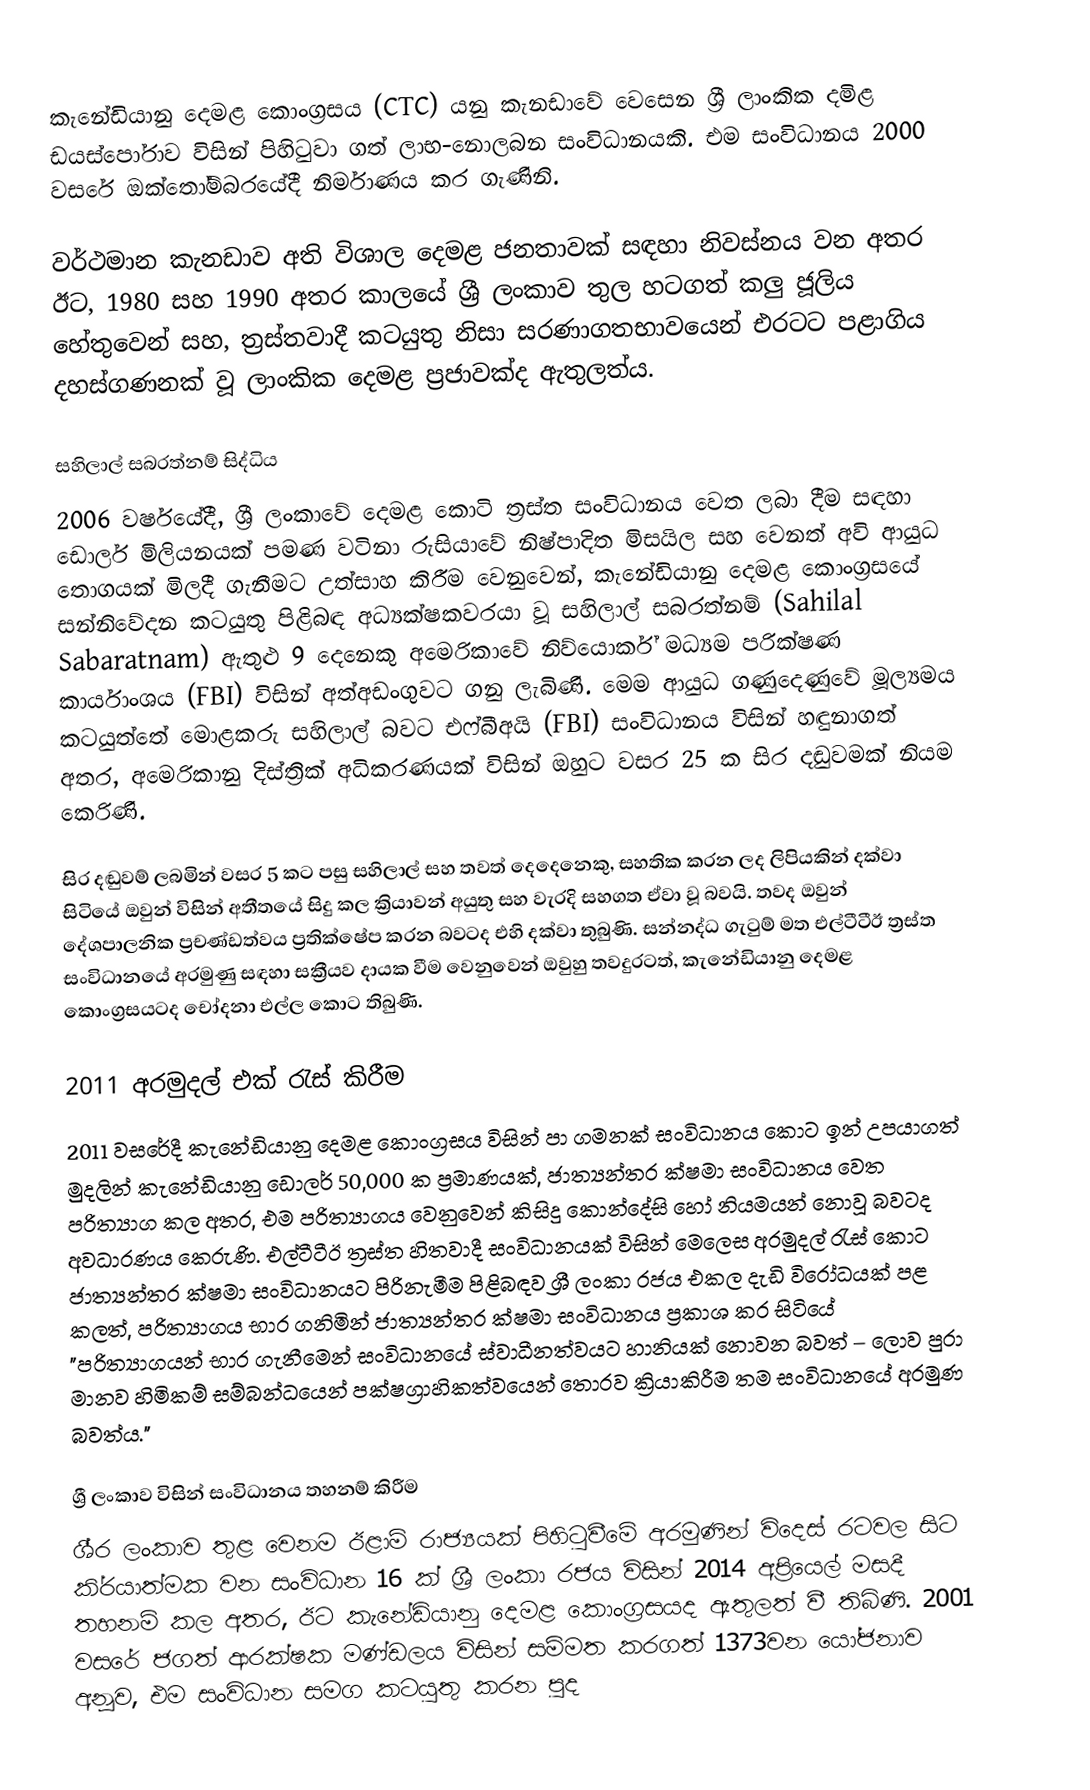
කැනේඩියානු දෙමළ කොංග්‍රසය (CTC) යනු කැනඩාවේ වෙසෙන ශ්‍රී ලාංකික දමිළ ඩයස්පෝරාව විසින් පිහිටුවා ගත් ලාභ-නොලබන සංවිධානයකි. එම සංවිධානය 2000 වසරේ ඔක්තෝම්බරයේදී නිර්මාණය කර ගැණිනි.

වර්ථමාන කැනඩාව අති විශාල දෙමළ ජනතාවක් සඳහා නිවස්නය වන අතර ඊට, 1980 සහ 1990 අතර කාලයේ ශ්‍රී ලංකාව තුල හටගත් කලු ජූලිය හේතුවෙන් සහ, ත්‍රස්තවාදී කටයුතු නිසා සරණාගතභාවයෙන් එරටට පළාගිය දහස්ගණනක් වූ ලාංකික දෙමළ ප්‍රජාවක්ද ඇතුලත්ය.

සහිලාල් සබරත්නම් සිද්ධිය
2006 වර්ෂයේදී, ශ්‍රී ලංකාවේ දෙමළ කොටි ත්‍රස්ත සංවිධානය වෙත ලබා දීම සඳහා ඩොලර් මිලියනයක් පමණ වටිනා රුසියාවේ නිෂ්පාදිත මිසයිල සහ වෙනත් අවි ආයුධ තොගයක් මිලදී ගැනීමට උත්සාහ කිරීම වෙනුවෙන්, කැනේඩියානු දෙමළ කොංග්‍රසයේ සන්නිවේදන කටයුතු පිළිබඳ අධ්‍යක්ෂකවරයා වූ සහිලාල් සබරත්නම් (Sahilal Sabaratnam) ඇතුළු 9 දෙනෙකු අමෙරිකාවේ නිව්යොර්ක් මධ්‍යම පරික්ෂණ කාර්යාංශය (FBI) විසින් අත්අඩංගුවට ගනු ලැබිණි. මෙම ආයුධ ගණුදෙණුවේ මූල්‍යමය කටයුත්තේ මොළකරු සහිලාල් බවට එෆ්බීඅයි (FBI) සංවිධානය විසින් හඳුනාගත් අතර, අමෙරිකානු දිස්ත්‍රික් අධිකරණයක් විසින් ඔහුට වසර 25 ක සිර දඬුවමක් නියම කෙරිණි.

සිර දඬුවම් ලබමින් වසර 5 කට පසු සහිලාල් සහ තවත් දෙදෙනෙකු, සහතික කරන ලද ලිපියකින් දක්වා සිටියේ ඔවුන් විසින් අතීතයේ සිදු කල ක්‍රියාවන් අයුතු සහ වැරදි සහගත ඒවා වූ බවයි. තවද ඔවුන් දේශපාලනික ප්‍රචණ්ඩත්වය ප්‍රතික්ෂේප කරන බවටද එහි දක්වා තුබුණි. සන්නද්ධ ගැටුම් මත එල්ටීටීඊ ත්‍රස්ත සංවිධානයේ අරමුණු සඳහා සක්‍රීයව දායක වීම වෙනුවෙන් ඔවුහු තවදුරටත්, කැනේඩියානු දෙමළ කොංග්‍රසයටද චෝදනා එල්ල කොට තිබුණි.

2011 අරමුදල් එක් රැස් කිරීම
2011 වසරේදී කැනේඩියානු දෙමළ කොංග්‍රසය විසින් පා ගමනක් සංවිධානය කොට ඉන් උපයාගත් මුදලින් කැනේඩියානු ඩොලර් 50,000 ක ප්‍රමාණයක්, ජාත්‍යන්තර ක්ෂමා සංවිධානය වෙත පරිත්‍යාග කල අතර, එම පරිත්‍යාගය වෙනුවෙන් කිසිදු කොන්දේසි හෝ නියමයන් නොවූ බවටද අවධාරණය කෙරුණි. එල්ටීටීඊ ත්‍රස්ත හිතවාදී සංවිධානයක් විසින් මෙලෙස අරමුදල් රැස් කොට ජාත්‍යන්තර ක්ෂමා සංවිධානයට පිරිනැමීම පිළිබඳව ශ්‍රී ලංකා රජය එකල දැඩි විරෝධයක් පළ කලත්,  පරිත්‍යාගය භාර ගනිමින් ජාත්‍යන්තර ක්ෂමා සංවිධානය ප්‍රකාශ කර සිටියේ "පරිත්‍යාගයන් භාර ගැනීමෙන් සංවිධානයේ ස්වාධීනත්වයට හානියක් නොවන බවත් – ලොව පුරා මානව හිමිකම් සම්බන්ධයෙන් පක්ෂග්‍රාහිකත්වයෙන් තොරව ක්‍රියාකිරීම තම සංවිධානයේ අරමුණ බවත්ය."

ශ්‍රී ලංකාව විසින් සංවිධානය තහනම් කිරීම
ශී‍්‍ර ලංකාව තුළ වෙනම ඊළාම් රාජ්‍යයක් පිහිටුවීමේ අරමුණින් විදෙස් රටවල සිට කි‍්‍රයාත්මක වන සංවිධාන 16 ක් ශ්‍රී ලංකා රජය විසින් 2014 අප්‍රියෙල් මසදී තහනම් කල අතර, ඊට කැනේඩියානු දෙමළ කොංග්‍රසයද ඇතුලත් වී තිබිණි.  2001 වසරේ ජගත් ආරක්ෂක මණ්ඩලය විසින් සම්මත කරගත් 1373වන යෝජනාව අනූව, එම සංවිධාන සමග කටයුතු කරන පුද